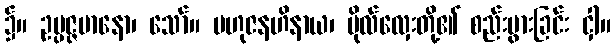
၌။ ဥပ္ပဇ္ဇမာနော၊ သော်။ ဗဟုဇနဟိနာယ၊ ဗိုလ်လှေးတို့၏ စည်းပွားခြင်း ငှါ။